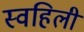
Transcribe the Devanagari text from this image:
स्वहिली